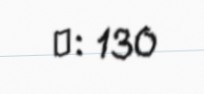
№: 130